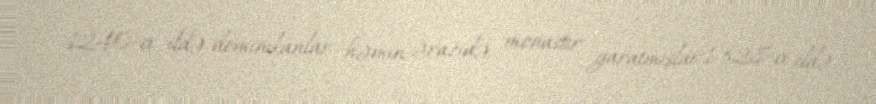
1240-cı ildə dominikanlar həmin ərazidə monastır yaratmışlar.1328-ci ildə